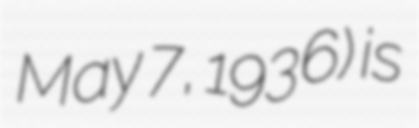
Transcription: May 7, 1936) is